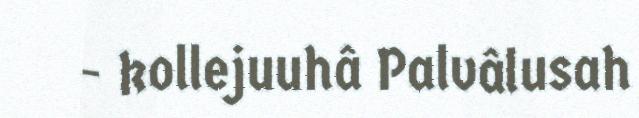
- kollejuuhâ Palvâlusah